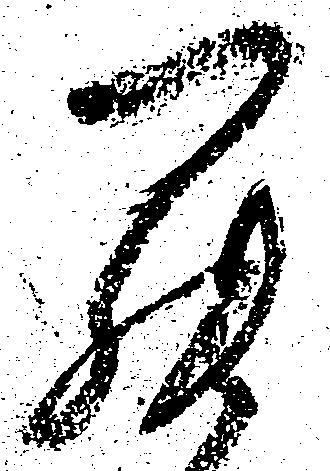
罷